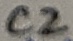
Text: C2